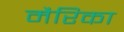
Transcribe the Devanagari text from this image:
मैरिका